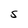
Character: S